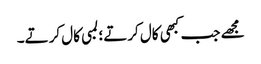
مجھے جب کبھی کال کرتے؛ لمبی کال کرتے۔